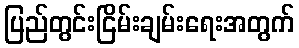
ပြည်တွင်းငြိမ်းချမ်းရေးအတွက်